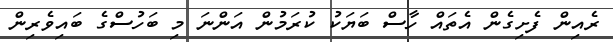
ރެއިން ފެށިގެން އެތައް ހާސް ބަޔަކު ކުރަމުން އަންނަ މި ބަހުސްގެ ބައިވެރިން